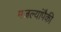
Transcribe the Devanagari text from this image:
मजल्यांपैकी